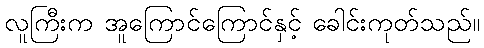
လူကြီးက အူကြောင်ကြောင်နှင့် ခေါင်းကုတ်သည်။